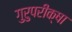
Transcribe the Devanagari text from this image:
गुरुपरीक्षा